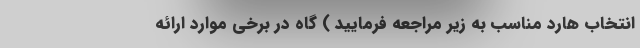
انتخاب هارد مناسب به زیر مراجعه فرمایید ) گاه در برخی موارد ارائه